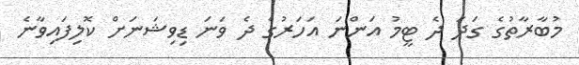
މުބާރާތުގެ ގަދަ ދެ ޓީމު އަންނަ އަހަރުގެ ދެ ވަނަ ޑިވިޝަނަށް ކޮލިފައިވާނެ